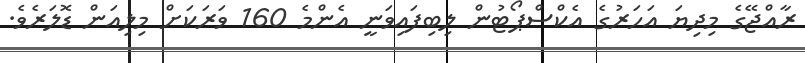
ރާއްޖޭގެ މިދިޔަ އަހަރުގެ އެކްސްޕޯޓުން ލިބިފައިވަނީ އެންމެ 160 ވަރަކަށް މިލިއަން ޑޮލަރެވެ.